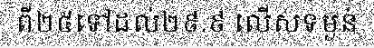
ពី២៥ទៅដល់២៩.៩ លើសទម្ងន់